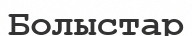
Болыстар